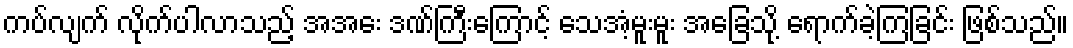
ကပ်လျက် လိုက်ပါလာသည့် အအေး ဒဏ်ကြီးကြောင့် သေအံ့မူးမူး အခြေသို့ ရောက်ခဲ့ကြခြင်း ဖြစ်သည်။